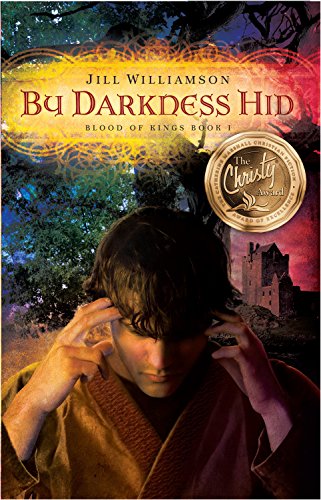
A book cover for By Darkness Hid (Blood of Kings, book 1); Jill Williamson; Religion & Spirituality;